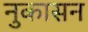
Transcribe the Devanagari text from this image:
नुकासन